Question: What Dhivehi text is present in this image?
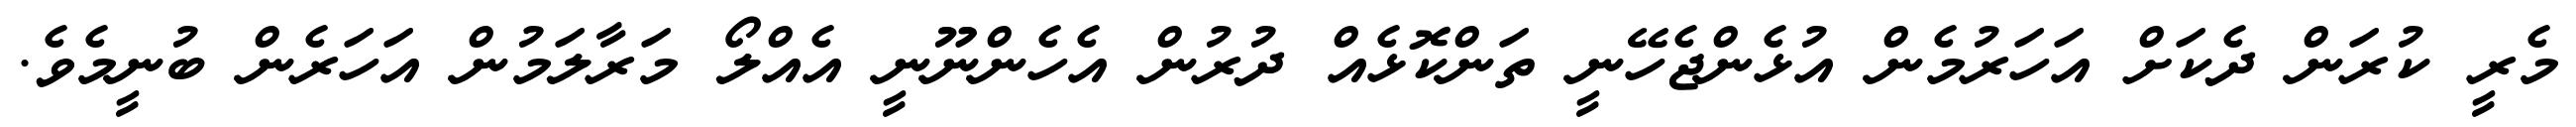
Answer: މެރީ ކުރަން ދެކަށް އަހަރުމެން އުޅެންޖެހޭނީ ތަންކޮޅެއް ދުރުން އެހެންނޫނީ އެއްލޯ މަރާލަމުން އަހަރެން ބުނީމެވެ.